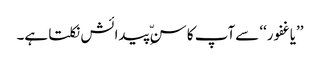
’’یاغفور‘‘ سےآپ کا سنِّ پیدائش نکلتا ہے۔